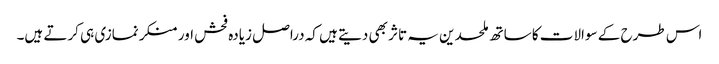
اس طرح کے سوالات کا ساتھ ملحدین یہ تاثر بھی دیتے ہیں کہ دراصل زیادہ فحش اور منکر نمازی ہی کرتے ہیں۔